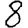
Digit: 8